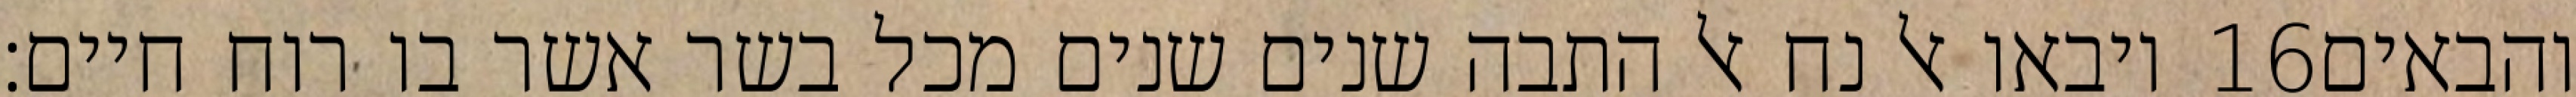
ויבאו אל נח אל התבה שנים שנים מכל בשר אשר בו רוח חיים׃ ‎16‏ והבאים